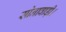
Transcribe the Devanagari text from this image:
सोनावाड़ी।